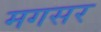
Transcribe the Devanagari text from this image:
मगसर